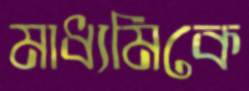
মাধ্যমিকে